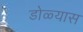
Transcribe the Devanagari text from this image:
डोळ्यास